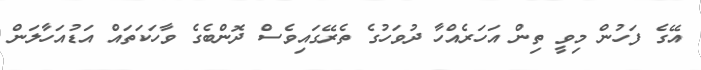
އޭގެ ފަހުން މިވީ ތިން އަހަރެއްހާ ދުވަހުގެ ތެރޭގައިވެސް ދޮންބެގެ ވާހަކަތައް އަޑުއަހާލަން